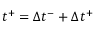
t ^ { + } = \Delta { t ^ { - } } + \Delta { t ^ { + } }